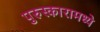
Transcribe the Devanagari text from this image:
पुरुस्कारामध्ये